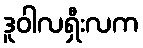
ဒူဝါလရှီးလက